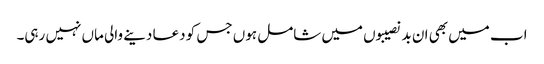
اب میں بھی ان بدنصیبوں میں شامل ہوں جس کو دعا دینے والی ماں نہیں رہی۔